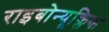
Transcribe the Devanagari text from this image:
राइबोन्यूक्लिक